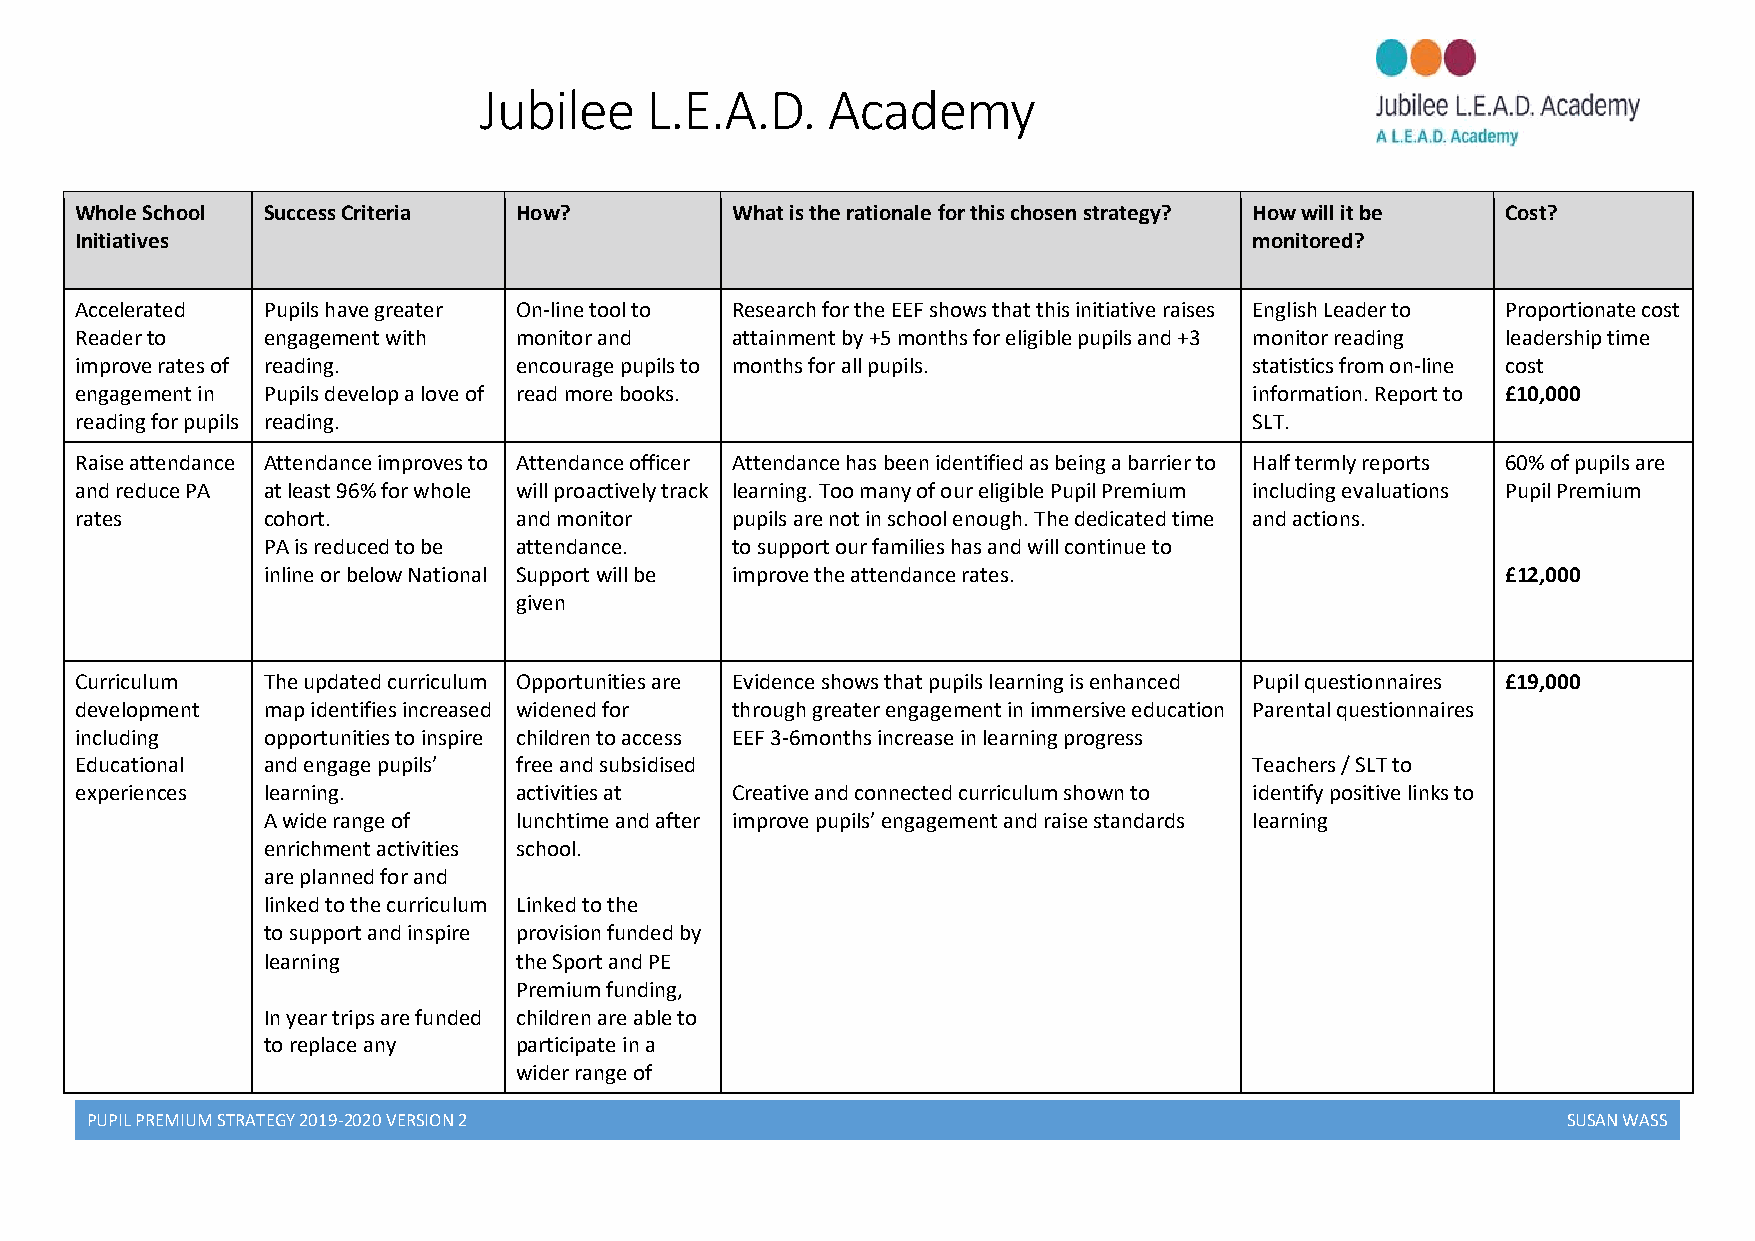
Jubilee    L.E.A.D.    Academy
 Whole School Success Criteria How?         What is the rationale for this chosen strategy? How will it be Cost?
 Initiatives                                                                   monitored?
 Accelerated Pupils have greater On-line tool to Research for the EEF shows that this initiative raises English Leader to Proportionate cost
 Reader to   engagement with  monitor and   attainment by +5 months for eligible pupils and +3 monitor reading leadership time
 improve rates of reading.    encourage pupils to months for all pupils.       statistics from on-line cost
 engagement in Pupils develop a love of read more books.                       information. Report to £10,000
 reading for pupils reading.                                                   SLT.
 Raise attendance Attendance improves to Attendance officer Attendance has been identified as being a barrier to Half termly reports 60% of pupils are
 and reduce PA at least 96% for whole will proactively track learning. Too many of our eligible Pupil Premium including evaluations Pupil Premium
 rates       cohort.          and monitor   pupils are not in school enough. The dedicated time and actions.
 PA is reduced to be attendance. to support our families has and will continue to
 inline or below National Support will be improve the attendance rates.             £12,000
 given
 Curriculum  The updated curriculum Opportunities are Evidence shows that pupils learning is enhanced Pupil questionnaires £19,000
 development map identifies increased widened for through greater engagement in immersive education Parental questionnaires
 including   opportunities to inspire children to access EEF 3-6months increase in learning progress
 Educational and engage pupils’ free and subsidised                            Teachers / SLT to
 experiences learning.        activities at Creative and connected curriculum shown to identify positive links to
 A wide range of  lunchtime and after improve pupils’ engagement and raise standards learning
 enrichment activities school.
 are planned for and
 linked to the curriculum Linked to the
 to support and inspire provision funded by
 learning         the Sport and PE
 Premium funding,
 In year trips are funded children are able to
 to replace any   participate in a
 wider range of
 PUPIL PREMIUM STRATEGY 2019-2020 VERSION 2                                                        SUSAN WASS